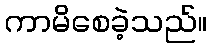
ကာမိစေခဲ့သည်။